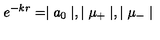
e ^ { - k r } = \mid a _ { 0 } \mid , \mid \mu _ { + } \mid , \mid \mu _ { - } \mid